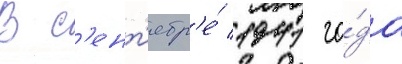
В с'ент'ябр'е́ 1941 го́да